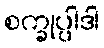
စက္ခုပ္ပါဒါ